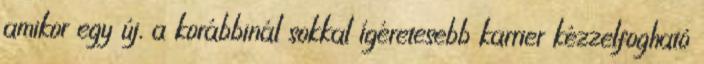
amikor egy új, a korábbinál sokkal í­gére­tesebb karrier kézzelfogható